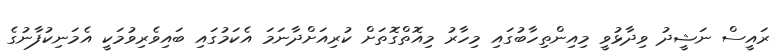
ރައީސް ނަޝީދު ވިދާޅުވީ މިއިންތިހާބުގައި މިހާރު މިއޮތްގޮތަށް ކުރިއަށްދާނަމަ އެކަމުގައި ބައިވެރިވުމަކީ އެމަނިކުފާނުގެ